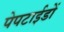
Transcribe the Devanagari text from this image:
पेपटाईडों